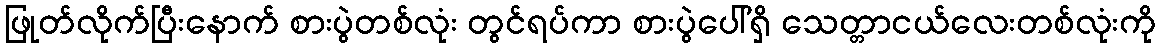
ဖြုတ်လိုက်ပြီးနောက် စားပွဲတစ်လုံး တွင်ရပ်ကာ စားပွဲပေါ်ရှိ သေတ္တာငယ်လေးတစ်လုံးကို